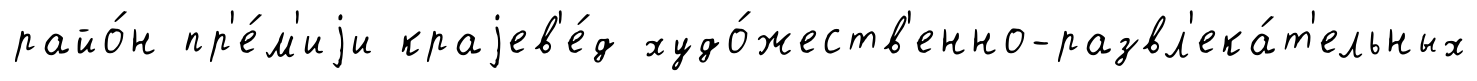
райо́н пр'е́м'иjи краjев'е́д худо́жеств'енно-развл'ека́т'ельных